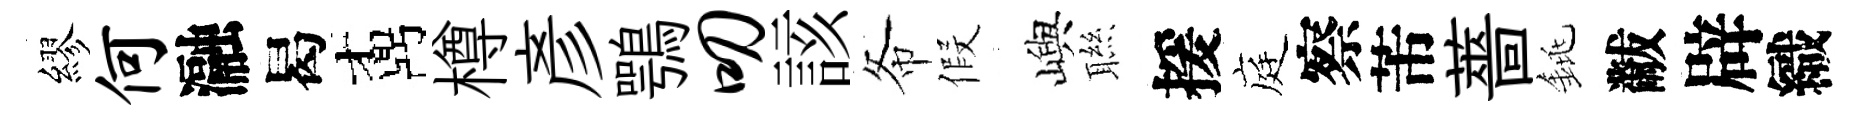
繆何瀜曷鼒樽彥鶚叨該𢁙假嶼聮援庭察芾薔銚黻辟織